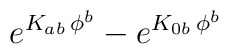
e^{K_{ab}\, \phi^b} - e^{K_{0b}\,\phi^b}